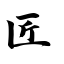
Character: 匠